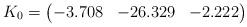
LaTeX: \begin{align*}K_0 = \begin{pmatrix}-3.708 & -26.329 & -2.222\end{pmatrix} \end{align*}